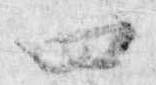
四